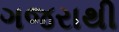
ગજરાથી